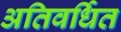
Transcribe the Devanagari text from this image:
अतिवर्धित